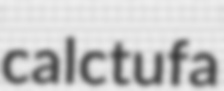
calctufa